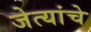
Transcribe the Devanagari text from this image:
जेत्यांचे